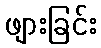
ဖျားခြင်း